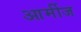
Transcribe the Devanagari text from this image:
आर्मीज